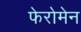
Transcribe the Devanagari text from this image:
फेरोमेन